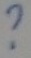
Text: ?